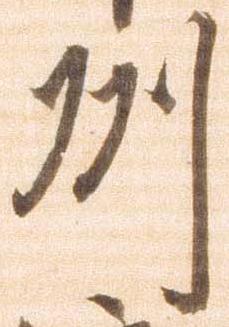
州